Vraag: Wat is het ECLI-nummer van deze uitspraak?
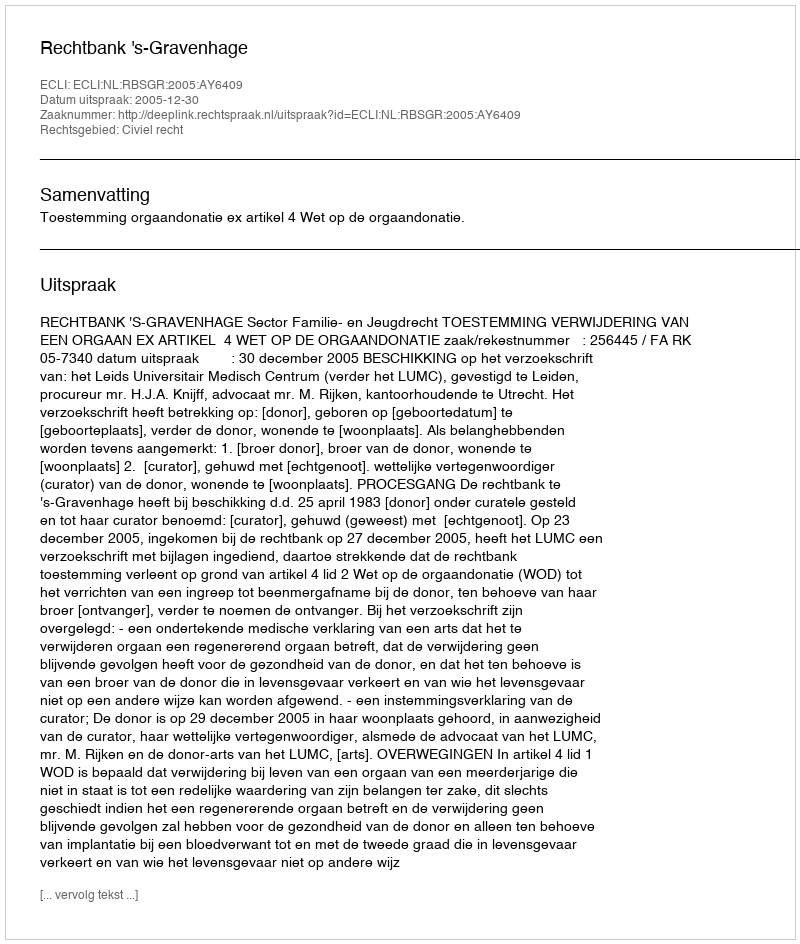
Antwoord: ECLI:NL:RBSGR:2005:AY6409